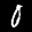
Label: 0